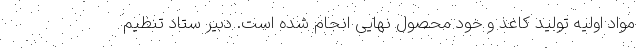
مواد اولیه تولید کاغذ و خود محصول نهایی انجام شده است. دبیر ستاد تنظیم